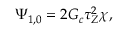
\Psi _ { 1 , 0 } = 2 G _ { c } \tau _ { Z } ^ { 2 } \chi ,